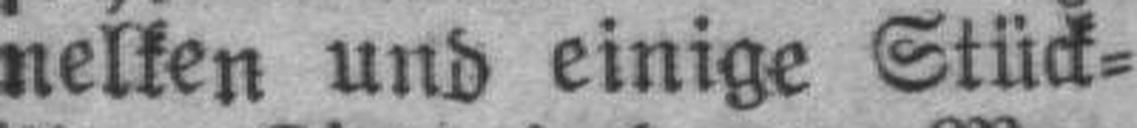
nelken und einige Stück¬